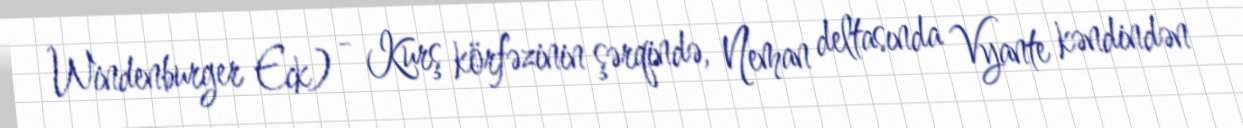
Windenburger Eck) - Kurş körfəzinin şərqində, Neman deltasında Vyante kəndindən